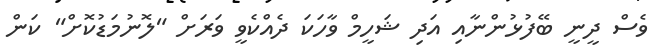
ވެސް ދީނީ ބޭފުޅުންނާއި އަދި ޝަހީމް ވާހަކަ ދެއްކެވީ ވަރަށް "ލޮނުމަޑުކޮށް" ކަން